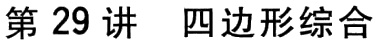
第29讲 四边形综合